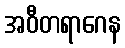
အဝီတရာဂေန